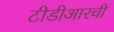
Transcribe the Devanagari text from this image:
टीडीआरची